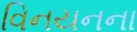
વિનયનના